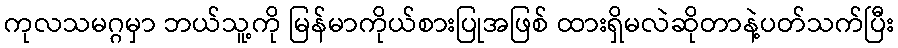
ကုလသမဂ္ဂမှာ ဘယ်သူ့ကို မြန်မာကိုယ်စားပြုအဖြစ် ထားရှိမလဲဆိုတာနဲ့ပတ်သက်ပြီး